Board of Education Examinations in Art and in Science and Technology, and Examinations of the City and Guilds of London Institute, 1917, 1917
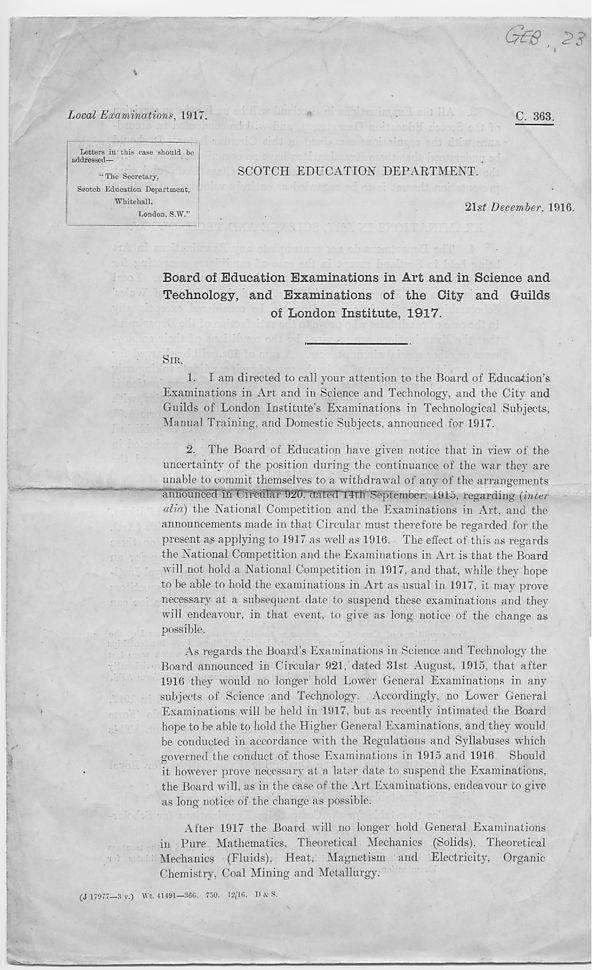
Local Examinations, 1917.
C. 363.
Letters in this case should be
addressed—
“ The Secretary,
Seotch Education Department,
Whitehall,
London, S.W.” j
SCOTCH EDUCATION DEPARTMENT.
21st December, 1916.
Board of Education Examinations in Art and in Science and
Technology, and Examinations of the City and Guilds
of London Institute, 1917.
SIR,
1. I am directed to call your attention to the Board of Education’s
Examinations in Art and in Science and Technology, and the City and
Guilds of London Institute’s Examinations in Technological Subjects,
Manual Training, and Domestic Subjects, announced for 1917.
2. The Board of Education have given notice that in view of the
uncertainty of the position during the continuance of the ivar they are
unable to commit themselves to a withdrawal of any of the arrangements
~armounceci TnTfirtillaf 92D. dffP&d 14tlf September, 1915, regarding \inter
alia) the National Competition and the Examinations in Art, and the
announcements made in that Circular must therefore be regarded for the
present as applying to 1917 as well as 1916. The effect of this as regards
the National Competition and the Examinations in Art is that the Board
will not hold a National Competition in 1917, and that, while they hope
to be able to hold the examinations in Art as usual in 1917, it may prove
necessary at a subsequent date to suspend these examinations and they
will endeavour, in that event, to give as long notice of the change as
possible.
As regards the Board's Examinations in Science and Technology the
Board announced in Circular 921, dated 31st August, 1915, that after
1916 they would no longer hold Lower General Examinations in any
subjects of Science and Technology. Accordingly, no Lower General
Examinations will be held in 1917, but as recently intimated the Board
hope to be able to hold the Higher General Examinations, and they would
be conducted in accordance with the Regulations and Syllabuses which
governed the conduct of those Examinations in 1915 and 1916 Should
it however prove necessary at a later date to suspend the Examinations,
the Board will, as in the case of the Art Examinations, endeavour to give
as long notice of the change as possible.
After 1917 the Board will no longer hold General Examinations
in Pure Mathematics, Theoretical Mechanics (Solids), Theoretical
Mechanics (Fluids), Heat, Magnetism and Electricity, Organic
Chemistry, Coal Mining and Metallurgy.
(J 17977—3 v.) Wt. 41491—366. 750. 12/16. D & S.